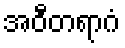
အဝီတရာဂံ